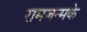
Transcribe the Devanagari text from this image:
रामजन्मके